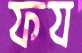
ফয